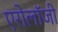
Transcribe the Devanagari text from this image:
एरोलॉजी